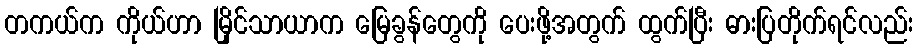
တကယ်က ကိုယ်ဟာ မြိုင်သာယာက မြေခွန်တွေကို ပေးဖို့အတွက် ထွက်ပြီး ဓားပြတိုက်ရင်လည်း